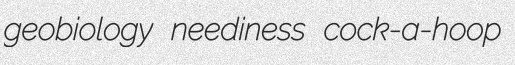
geobiology neediness cock-a-hoop